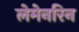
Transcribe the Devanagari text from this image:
लेमेनरिन